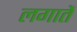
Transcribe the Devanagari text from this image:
लगातें